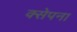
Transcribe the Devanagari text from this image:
क्सेपना